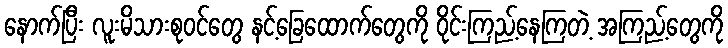
နောက်ပြီး လူးမိသားစုဝင်တွေ နင့်ခြေထောက်တွေကို ဝိုင်းကြည့်နေကြတဲ့ အကြည့်တွေကို